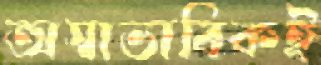
অস্বাভাবিকই